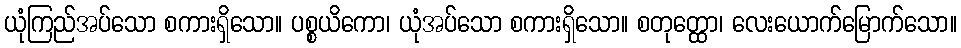
ယုံကြည်အပ်သော စကားရှိသော။ ပစ္စယိကော၊ ယုံအပ်သော စကားရှိသော။ စတုတ္ထော၊ လေးယောက်မြောက်သော။